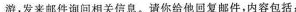
游，发来邮件询问相关信息。请你给他回复邮件，内容包括：